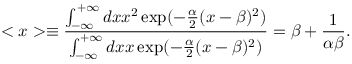
< x > \equiv \frac { \int _ { - \infty } ^ { + \infty } d x x ^ { 2 } \exp ( - \frac { \alpha } { 2 } ( x - \beta ) ^ { 2 } ) } { \int _ { - \infty } ^ { + \infty } d x x \exp ( - \frac { \alpha } { 2 } ( x - \beta ) ^ { 2 } ) } = \beta + \frac { 1 } { \alpha \beta } .